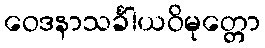
ဝေဒနာသင်္ခါယဝိမုတ္တော